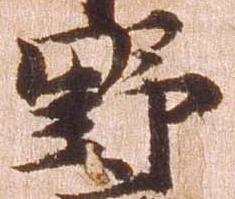
野